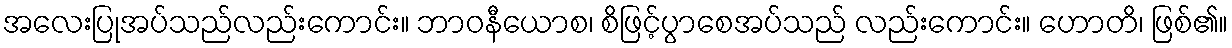
အလေးပြုအပ်သည်လည်းကောင်း။ ဘာဝနီယောစ၊ စိဖြင့်ပွာစေအပ်သည် လည်းကောင်း။ ဟောတိ၊ ဖြစ်၏။